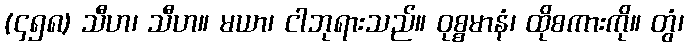
(၄၅၈) သီဟ၊ သီဟ။ မယာ၊ ငါဘုရားသည်။ ဝုစ္စမာနံ၊ ထိုစကားကို။ တွံ၊